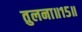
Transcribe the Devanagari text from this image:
तुलना॥१५॥